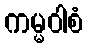
ကမ္မဝါစံ